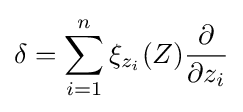
\delta =\sum _{i=1}^{n}\xi _{z_{i}}(Z){\frac {\partial }{\partial z_{i}}}